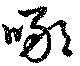
噉